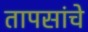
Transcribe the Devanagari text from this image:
तापसांचे